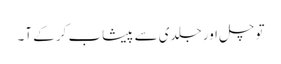
تو چل اور جلدی سے پیشاب کر کے آ۔